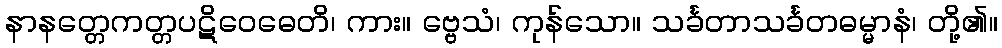
နာနတ္တေကတ္တပဋိဝေဓေတိ၊ ကား။ ဗ္ဗေသံ၊ ကုန်သော။ သင်္ခတာသင်္ခတဓမ္မာနံ၊ တို့၏။